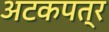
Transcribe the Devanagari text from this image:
अटकपत्र